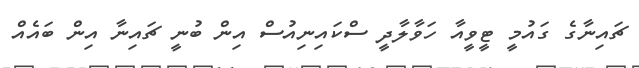
ޗައިނާގެ ގައުމީ ޓީވީއާ ހަވާލާދީ ސްކައިނިއުސް އިން ބުނީ ޗައިނާ އިން ބައެއް